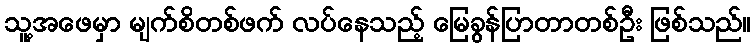
သူ့အဖေမှာ မျက်စိတစ်ဖက် လပ်နေသည့် မြေခွန်ပြာတာတစ်ဦး ဖြစ်သည်။